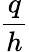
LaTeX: \frac{q}{h}